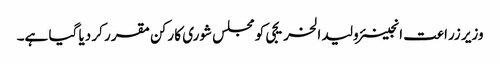
وزیر زراعت انجینئر ولید الخریجی کو مجلس شوری کا رکن مقرر کر دیا گیا ہے۔